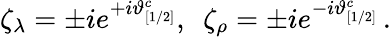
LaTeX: \zeta_{\lambda}=\pm ie^{+i\vartheta_{[1/2]}^{c}},\, \, \, \zeta_{\rho}=\pm ie^{-i\vartheta_{[1/2]}^{c}}\, .